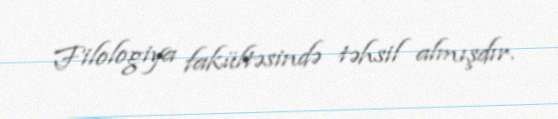
Filologiya fakültəsində təhsil almışdır.